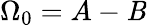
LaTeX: \Omega_{0}=A-\mathit{B}